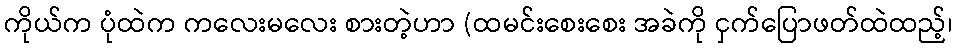
ကိုယ်က ပုံထဲက ကလေးမလေး စားတဲ့ဟာ (ထမင်းစေးစေး အခဲကို ငှက်ပြောဖတ်ထဲထည့်၊